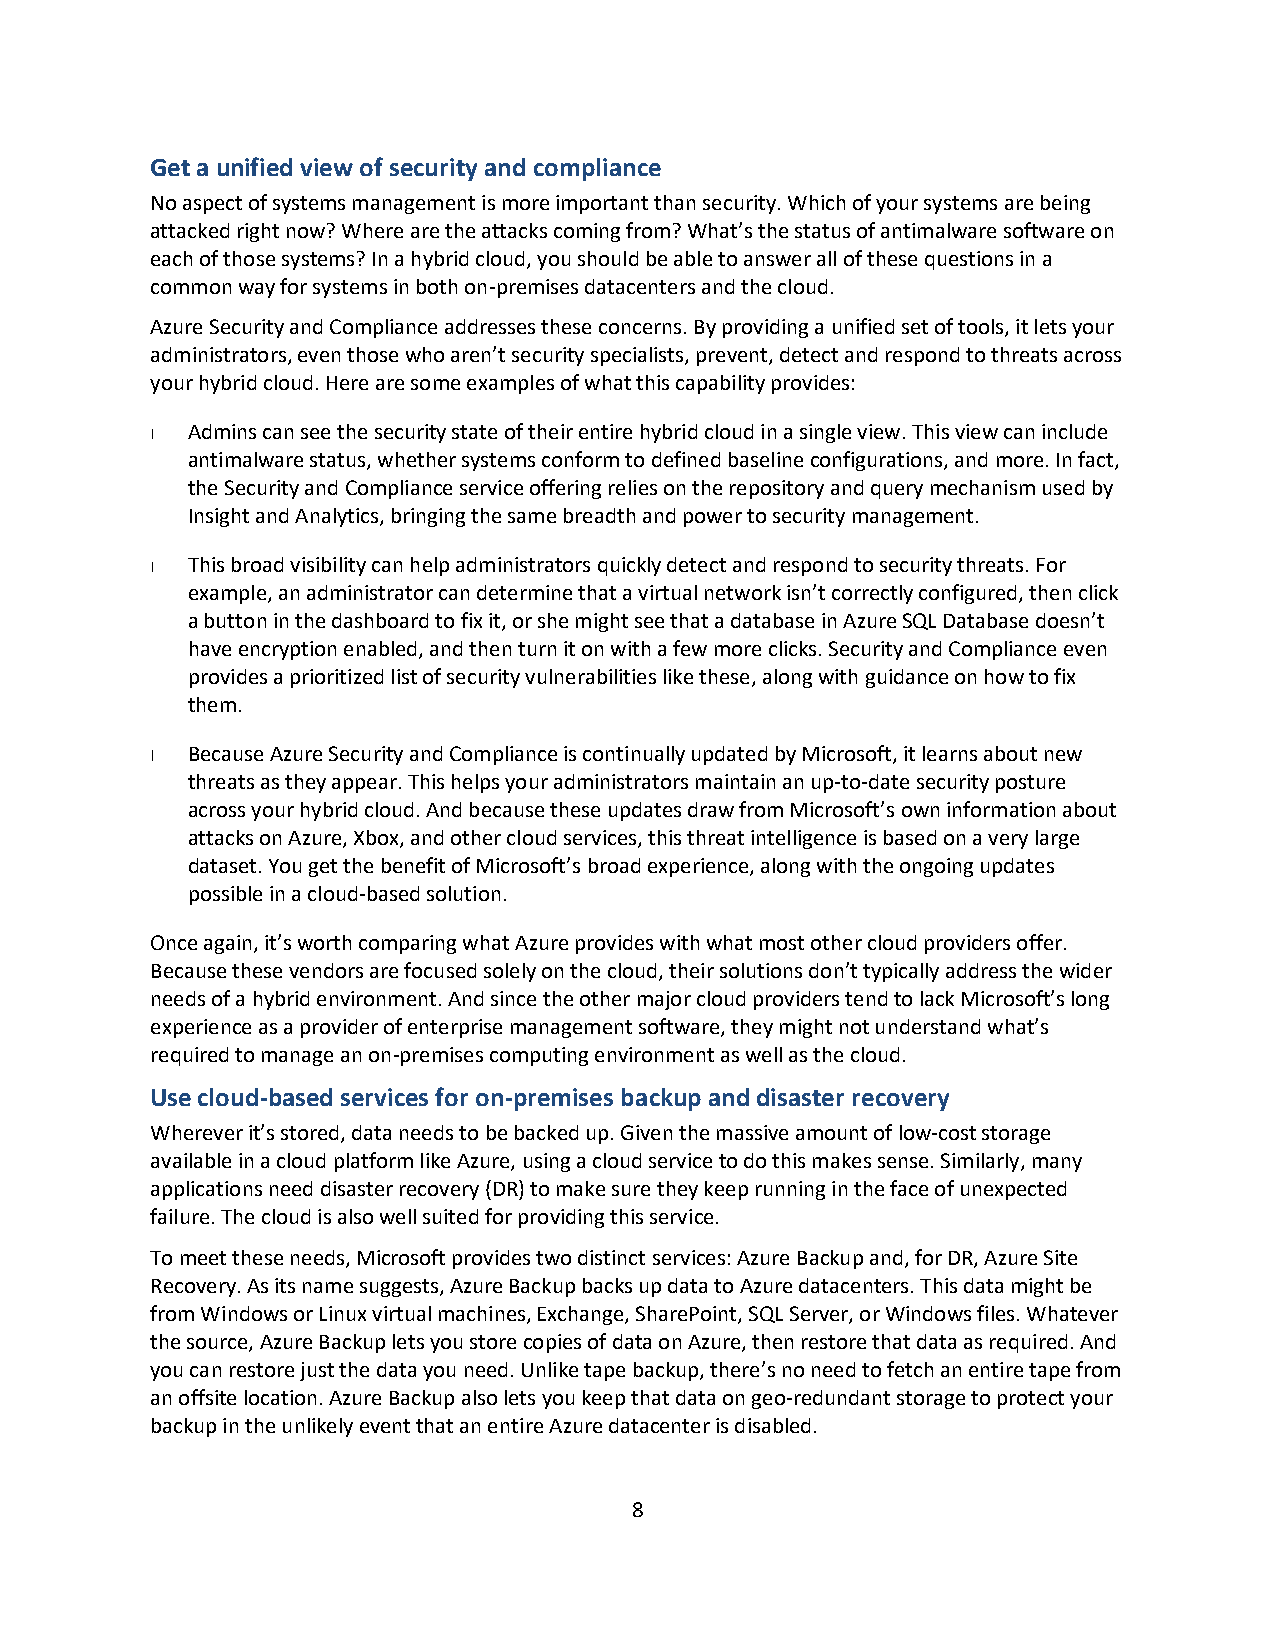
Get a unified view of security and compliance
 No aspect of systems management is more important than security. Which of your systems are being
 attacked right now? Where are the attacks coming from? What’s the status of antimalware software on
 each of those systems? In a hybrid cloud, you should be able to answer all of these questions in a
 common way for systems in both on-premises datacenters and the cloud.
 Azure Security and Compliance addresses these concerns. By providing a unified set of tools, it lets your
 administrators, even those who aren’t security specialists, prevent, detect and respond to threats across
 your hybrid cloud. Here are some examples of what this capability provides:
 Admins can see the security state of their entire hybrid cloud in a single view. This view can include
 antimalware status, whether systems conform to defined baseline configurations, and more. In fact,
 the Security and Compliance service offering relies on the repository and query mechanism used by
 Insight and Analytics, bringing the same breadth and power to security management.
 This broad visibility can help administrators quickly detect and respond to security threats. For
 example, an administrator can determine that a virtual network isn’t correctly configured, then click
 a button in the dashboard to fix it, or she might see that a database in Azure SQL Database doesn’t
 have encryption enabled, and then turn it on with a few more clicks. Security and Compliance even
 provides a prioritized list of security vulnerabilities like these, along with guidance on how to fix
 them.
 Because Azure Security and Compliance is continually updated by Microsoft, it learns about new
 threats as they appear. This helps your administrators maintain an up-to-date security posture
 across your hybrid cloud. And because these updates draw from Microsoft’s own information about
 attacks on Azure, Xbox, and other cloud services, this threat intelligence is based on a very large
 dataset. You get the benefit of Microsoft’s broad experience, along with the ongoing updates
 possible in a cloud-based solution.
 Once again, it’s worth comparing what Azure provides with what most other cloud providers offer.
 Because these vendors are focused solely on the cloud, their solutions don’t typically address the wider
 needs of a hybrid environment. And since the other major cloud providers tend to lack Microsoft’s long
 experience as a provider of enterprise management software, they might not understand what’s
 required to manage an on-premises computing environment as well as the cloud.
 Use cloud-based services for on-premises backup and disaster recovery
 Wherever it’s stored, data needs to be backed up. Given the massive amount of low-cost storage
 available in a cloud platform like Azure, using a cloud service to do this makes sense. Similarly, many
 applications need disaster recovery (DR) to make sure they keep running in the face of unexpected
 failure. The cloud is also well suited for providing this service.
 To meet these needs, Microsoft provides two distinct services: Azure Backup and, for DR, Azure Site
 Recovery. As its name suggests, Azure Backup backs up data to Azure datacenters. This data might be
 from Windows or Linux virtual machines, Exchange, SharePoint, SQL Server, or Windows files. Whatever
 the source, Azure Backup lets you store copies of data on Azure, then restore that data as required. And
 you can restore just the data you need. Unlike tape backup, there’s no need to fetch an entire tape from
 an offsite location. Azure Backup also lets you keep that data on geo-redundant storage to protect your
 backup in the unlikely event that an entire Azure datacenter is disabled.
 8